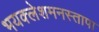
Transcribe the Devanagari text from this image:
भयक्लेशमनस्तापा